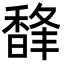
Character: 𩡇